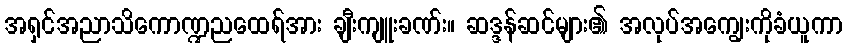
အရှင်အညာသိကောဏ္ဍညထေရ်အား ချီးကျူးခဏ်း။ ဆဒ္ဒန်ဆင်များ၏ အလုပ်အကျွေးကိုခံယူကာ